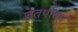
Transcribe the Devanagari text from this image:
उतपासन